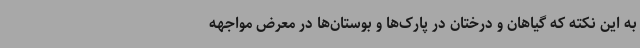
به این نکته که گیاهان و درختان در پارک‌ها و بوستان‌ها در معرض مواجهه